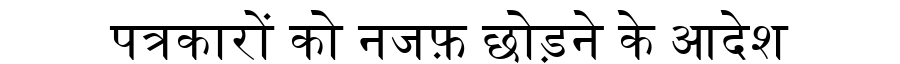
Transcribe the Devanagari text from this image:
पत्रकारों को नजफ़ छोड़ने के आदेश